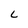
Character: L